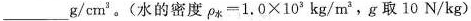
___g/cm^{3}。(水的密度$$\rho_{水}=1.0 \times 10^{3} kg/m^{3}$$，g取10N/kg)